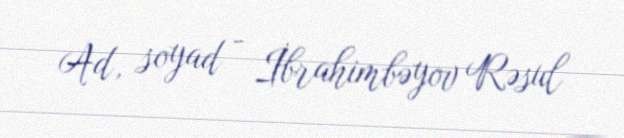
Ad, soyad - İbrahimbəyov Rəsul